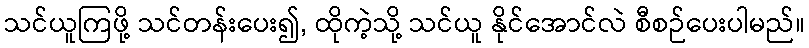
သင်ယူကြဖို့ သင်တန်းပေး၍, ထိုကဲ့သို့ သင်ယူ နိုင်အောင်လဲ စီစဉ်ပေးပါမည်။